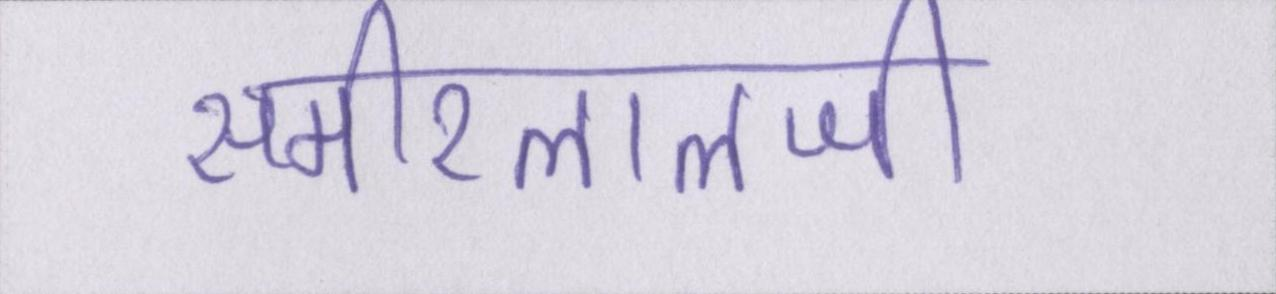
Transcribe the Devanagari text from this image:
समीरलालजी